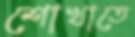
শোখাতে